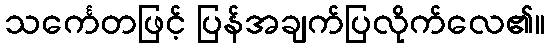
သင်္ကေတဖြင့် ပြန်အချက်ပြလိုက်လေ၏။